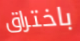
باختراق